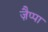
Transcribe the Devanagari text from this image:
ज़ैप्पा